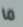
ما